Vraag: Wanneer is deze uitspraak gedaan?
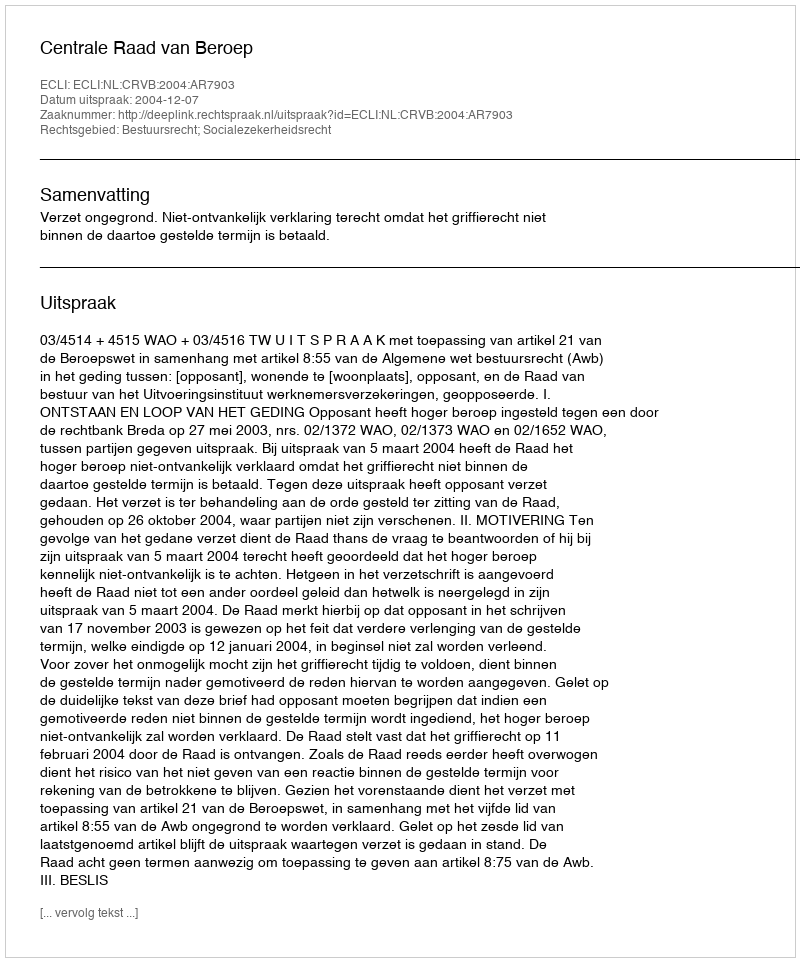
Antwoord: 2004-12-07